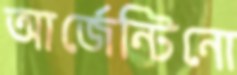
আর্জেন্টিনো